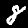
Digit: 8